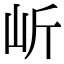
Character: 岓